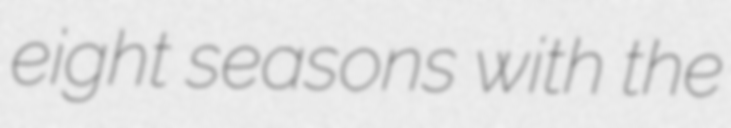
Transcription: eight seasons with the